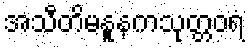
အသီတိမနူနကသုတ္တဝရံ